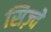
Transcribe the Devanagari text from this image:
सिज़्वे